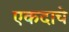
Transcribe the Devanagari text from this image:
एकदाचे